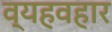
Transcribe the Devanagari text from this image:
व्यहवहार